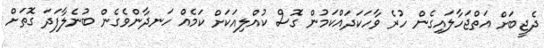
ދެޖީބަށް އަތްޖަހާލައިގެން ހުރެ ވާހަކަދައްކަމުން ގޮސް ކުއްލިއަކަށް ކަމެއް ހަނދާންވެގެން ބުނެލާފަދަ ގޮތަށް